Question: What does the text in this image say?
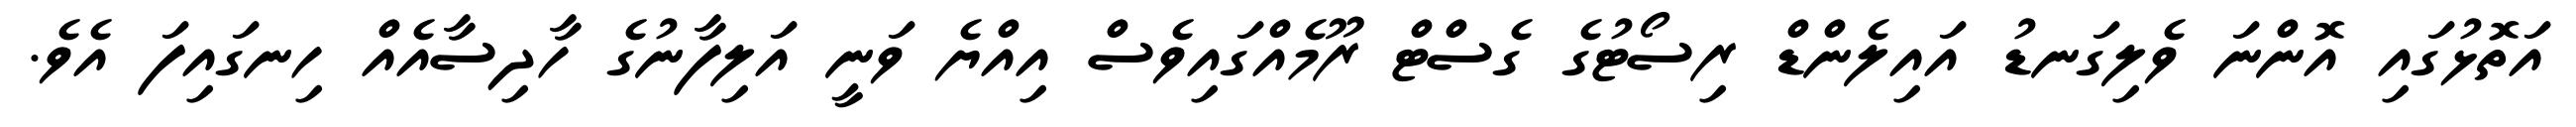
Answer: އަތޮޅުގައި އޮންނަ ވެލިގަނޑު އައިލެންޑް ރިސޯޓުގެ ގެސްޓް ރޫމެއްގައިވެސް އިއްޔެ ވަނީ އަލިފާނުގެ ހާދިސާއެއް ހިނގައިފަ އެވެ.